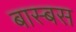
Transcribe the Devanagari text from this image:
बास्बस